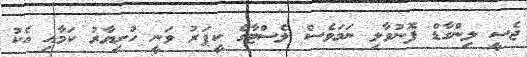
ޖެސީ ލިންގާޑް ފޮނުވާލި ނަމަވެސް ލެސްޓާގެ ކީޕަރު ވަނީ ހުށިޔާރު ކަމާއި އެކު